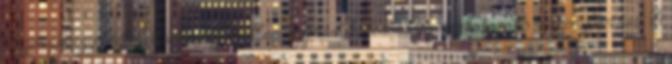
trigunája egymástól elválaszthatatlan, egymást kölcsönösen meghatározó viszonyban van. A